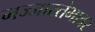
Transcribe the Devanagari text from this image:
मज्जास्तंभावर